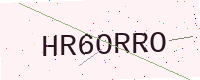
Text: HR6ORRO